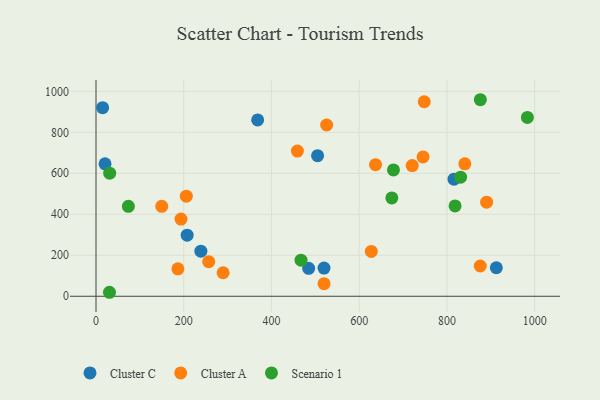
{"axis": {"x": "Engine Size", "y": "Sales"}, "legend": ["Cluster A", "Cluster C", "Scenario 1"], "data": [{"x": "484.8", "y": 136.1, "type": "Cluster C"}, {"x": "239.1", "y": 220.0, "type": "Cluster C"}, {"x": "15.1", "y": 920.3, "type": "Cluster C"}, {"x": "207.8", "y": 297.9, "type": "Cluster C"}, {"x": "20.6", "y": 646.4, "type": "Cluster C"}, {"x": "368.5", "y": 860.6, "type": "Cluster C"}, {"x": "912.6", "y": 139.1, "type": "Cluster C"}, {"x": "816.1", "y": 571.1, "type": "Cluster C"}, {"x": "519.8", "y": 137.3, "type": "Cluster C"}, {"x": "505.1", "y": 686.0, "type": "Cluster C"}, {"x": "637.2", "y": 642.1, "type": "Cluster A"}, {"x": "256.9", "y": 168.6, "type": "Cluster A"}, {"x": "525.8", "y": 835.7, "type": "Cluster A"}, {"x": "289.8", "y": 114.7, "type": "Cluster A"}, {"x": "149.9", "y": 438.9, "type": "Cluster A"}, {"x": "890.5", "y": 459.2, "type": "Cluster A"}, {"x": "193.7", "y": 376.4, "type": "Cluster A"}, {"x": "720.9", "y": 637.6, "type": "Cluster A"}, {"x": "205.9", "y": 488.5, "type": "Cluster A"}, {"x": "745.6", "y": 679.8, "type": "Cluster A"}, {"x": "186.7", "y": 133.7, "type": "Cluster A"}, {"x": "627.6", "y": 218.8, "type": "Cluster A"}, {"x": "519.9", "y": 61.5, "type": "Cluster A"}, {"x": "459.1", "y": 708.2, "type": "Cluster A"}, {"x": "840.8", "y": 646.4, "type": "Cluster A"}, {"x": "748.3", "y": 949.2, "type": "Cluster A"}, {"x": "876.0", "y": 147.5, "type": "Cluster A"}, {"x": "818.6", "y": 440.8, "type": "Scenario 1"}, {"x": "983.4", "y": 872.5, "type": "Scenario 1"}, {"x": "467.4", "y": 176.1, "type": "Scenario 1"}, {"x": "73.8", "y": 439.0, "type": "Scenario 1"}, {"x": "876.2", "y": 959.0, "type": "Scenario 1"}, {"x": "831.1", "y": 580.9, "type": "Scenario 1"}, {"x": "31.2", "y": 600.7, "type": "Scenario 1"}, {"x": "678.1", "y": 616.6, "type": "Scenario 1"}, {"x": "30.7", "y": 19.4, "type": "Scenario 1"}, {"x": "674.4", "y": 479.7, "type": "Scenario 1"}]}